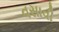
વસાવી